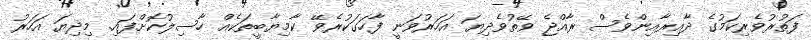
ފަތުރުވެރިކަމުގެ ދާއިރާއިންވެސް ރާއްޖެ ވޭތުވެދިޔަ އަހަރުވަނީ ފާހަގަކުރެވޭ ކާމިޔާބީތަކެއް ހާސިލުކޮށްފައި. މިދިޔަ އަހަރު